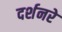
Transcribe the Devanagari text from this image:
दर्शनरे